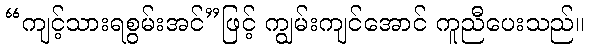
“ကျင့်သားရစွမ်းအင်”ဖြင့် ကျွမ်းကျင်အောင် ကူညီပေးသည်။